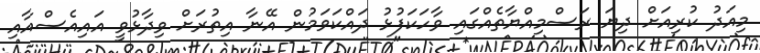
މިއަދު ކުރިއަށް ދިޔަ ރަސްމިއްޔާތެއްގައި ވާހަކަފުޅު ދައްކަވަމުން އޭނާ އިތުރަށް ވިދާޅުވީ އައިއެސްއާއި